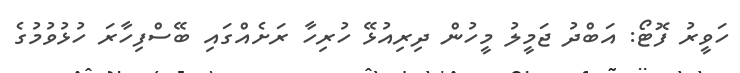
ހަވީރު ފޮޓޯ: އަބްދު ޖަމީލު މީހުން ދިރިއުޅޭ ހުރިހާ ރަށެއްގައި ބޭސްފިހާރަ ހުޅުވުމުގެ